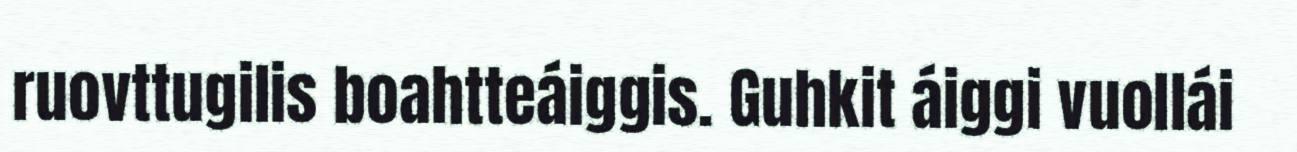
ruovttugilis boahtteáiggis. Guhkit áiggi vuollái